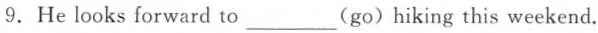
9.He looks forward to ___(go)hiking this weekend.